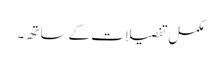
مکمل تفصیلات کے ساتھ ۔